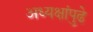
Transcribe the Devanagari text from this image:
अध्यक्षांपुढे